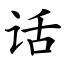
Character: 话